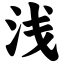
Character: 浅